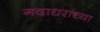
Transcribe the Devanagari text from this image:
गदाधराच्या